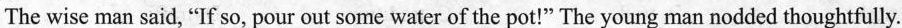
The wise man said, "If so, pour out some water of the pot!" The young man nodded thoughtfully.